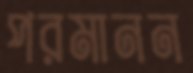
পরমানন